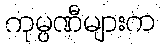
ကုမ္ပဏီများက